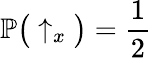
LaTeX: \mathbb{P}\big(\uparrow_{x}\big)=\frac{1}{2}